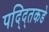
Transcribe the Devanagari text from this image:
पद्द्तिकडे